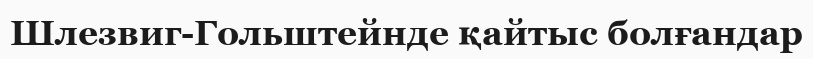
Шлезвиг-Гольштейнде қайтыс болғандар